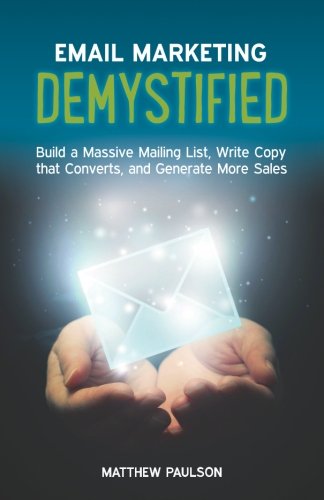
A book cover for Email Marketing Demystified: Build a Massive Mailing List, Write Copy that Converts and Generate More Sales; Matthew Paulson; Computers & Technology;